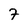
Character: 7